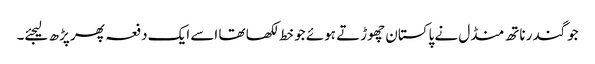
جوگندر ناتھ منڈل نے پاکستان چھوڑتے ہوئے جو خط لکھا تھا اسے ایک دفعہ پھر پڑھ لیجئے۔